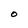
Character: O